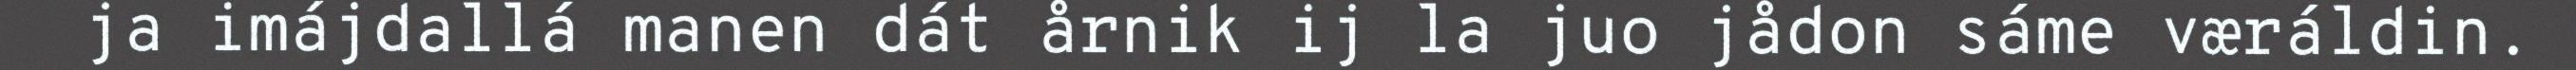
ja imájdallá manen dát årnik ij la juo jådon sáme væráldin.